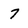
Character: 7